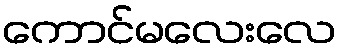
ကောင်မလေးလေ